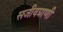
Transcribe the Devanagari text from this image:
सजीवप्राणी